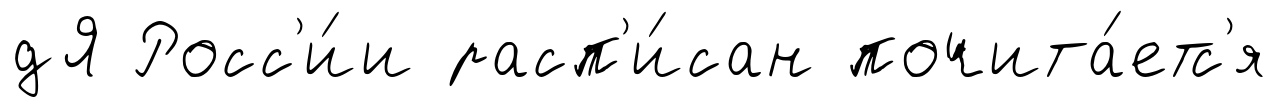
дЯ Росс'и́и расп'и́сан почита́етс'я